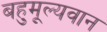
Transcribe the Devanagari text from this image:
बहुमूल्यवान